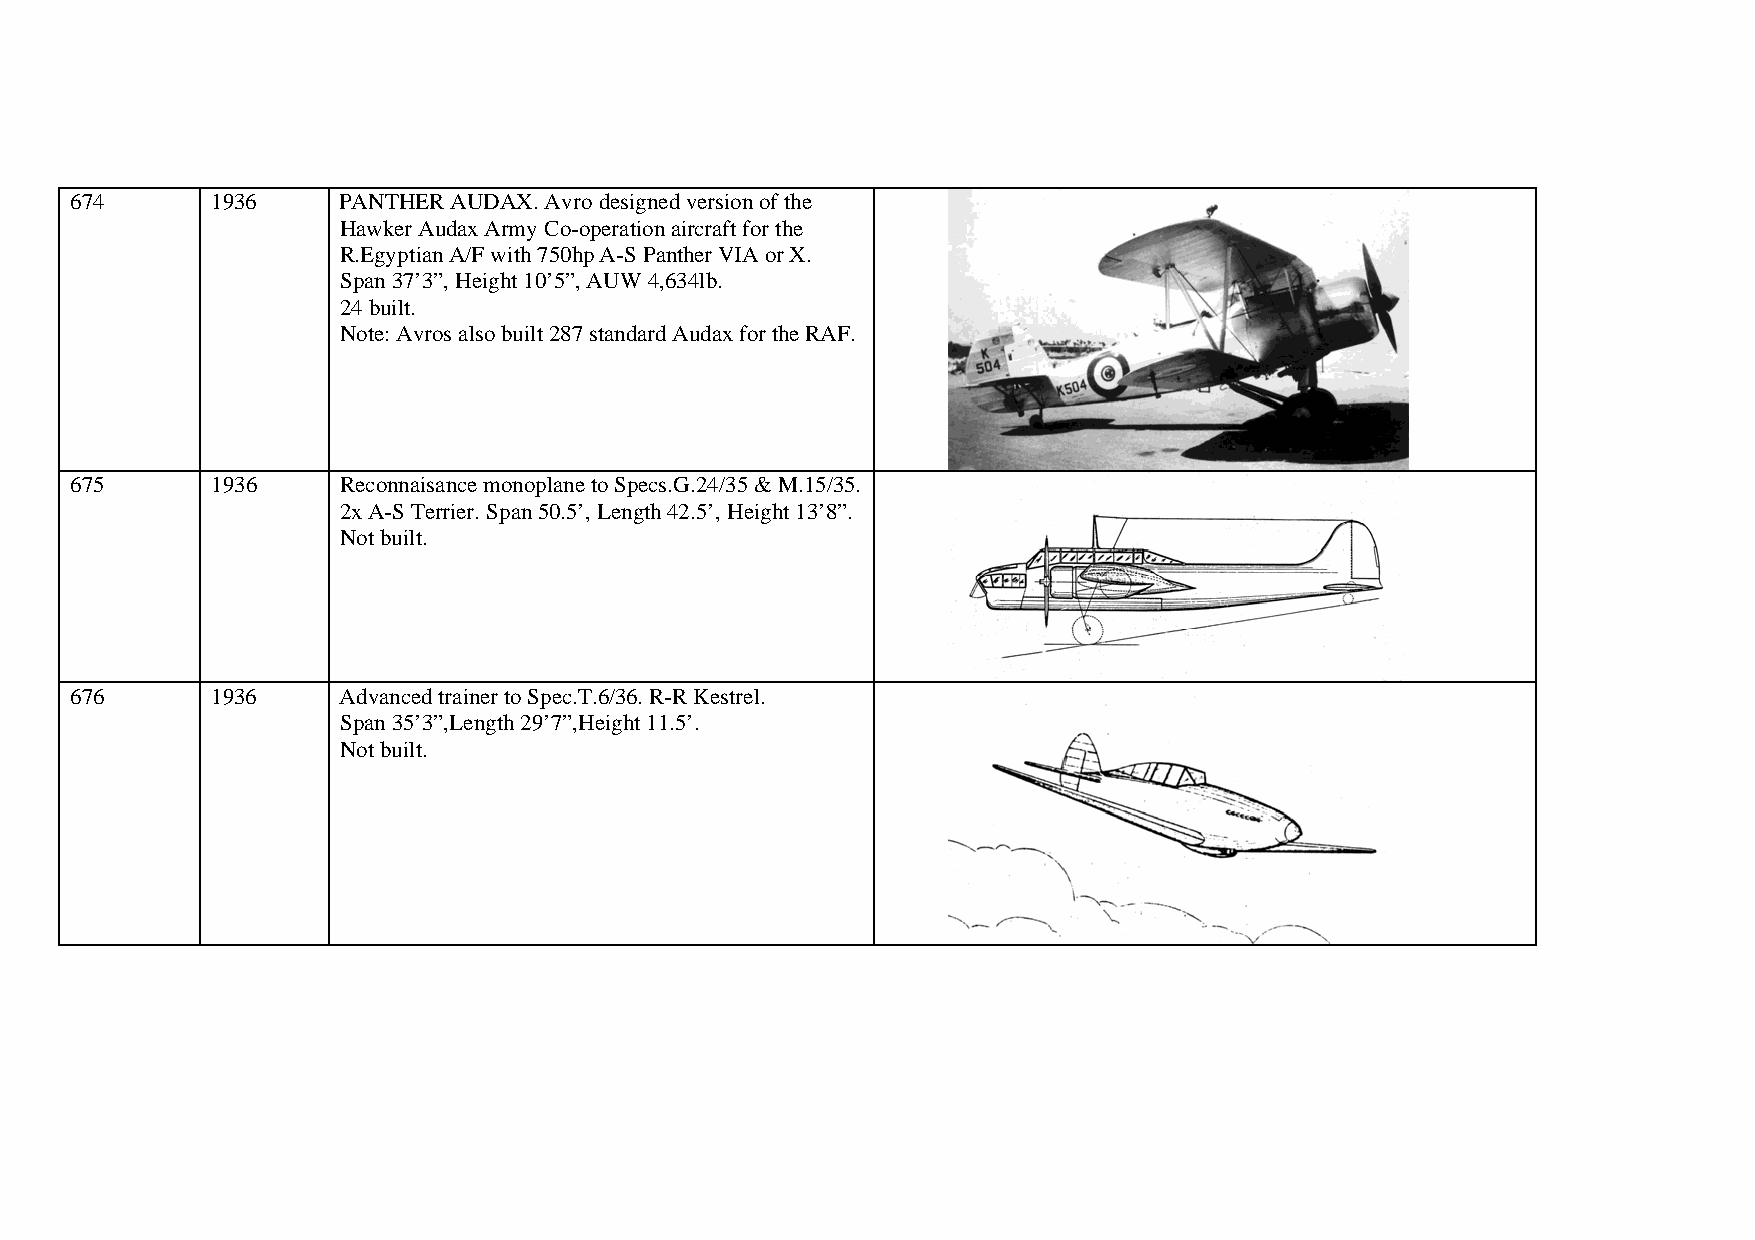
674      1936    PANTHER AUDAX. Avro designed version of the
 Hawker Audax Army Co-operation aircraft for the
 R.Egyptian A/F with 750hp A-S Panther VIA or X.
 Span 37’3”, Height 10’5”, AUW 4,634lb.
 24 built.
 Note: Avros also built 287 standard Audax for the RAF.
 675      1936    Reconnaisance monoplane to Specs.G.24/35 & M.15/35.
 2x A-S Terrier. Span 50.5’, Length 42.5’, Height 13’8”.
 Not built.
 676      1936    Advanced trainer to Spec.T.6/36. R-R Kestrel.
 Span 35’3”,Length 29’7”,Height 11.5’.
 Not built.